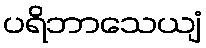
ပရိဘာသေယျံ